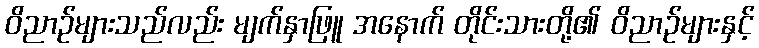
ဝိညာဉ်များသည်လည်း မျက်နှာဖြူ အနောက် တိုင်းသားတို့၏ ဝိညာဉ်များနှင့်